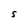
Character: S